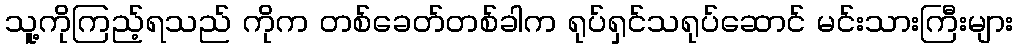
သူ့ကိုကြည့်ရသည် ကိုက တစ်ခေတ်တစ်ခါက ရုပ်ရှင်သရုပ်ဆောင် မင်းသားကြီးများ